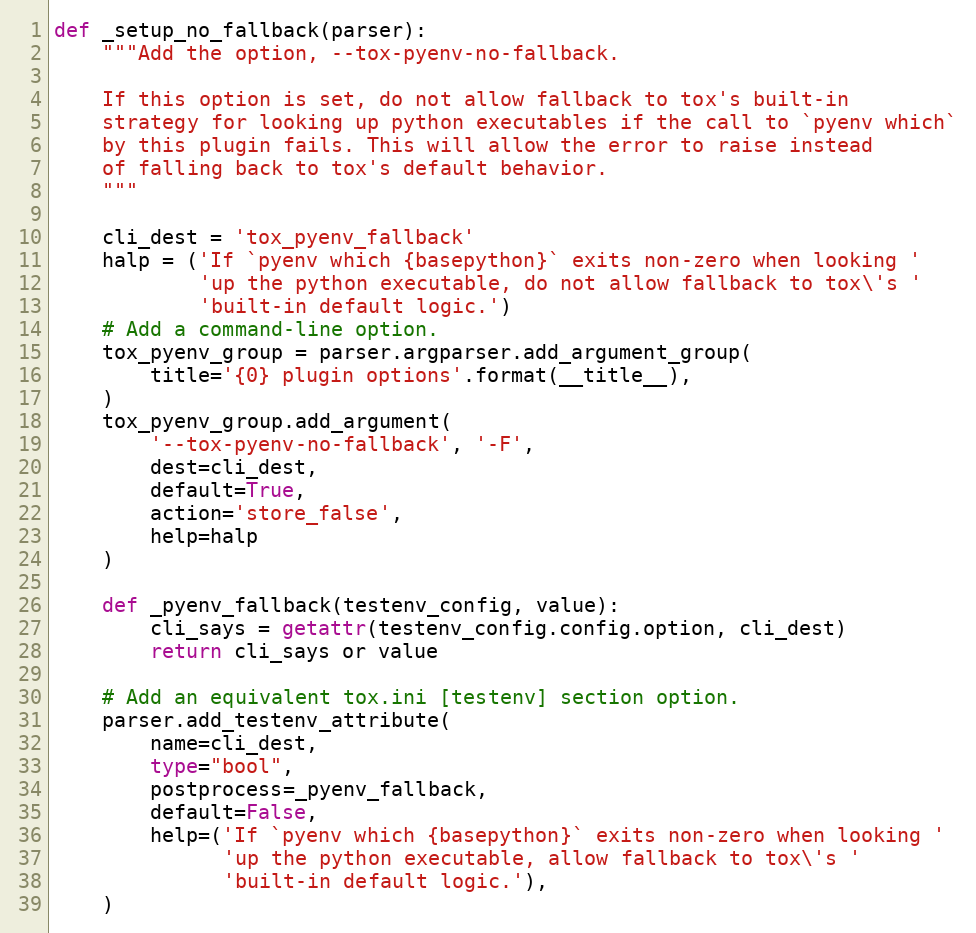
Language: Python
def _setup_no_fallback(parser):
    """Add the option, --tox-pyenv-no-fallback.

    If this option is set, do not allow fallback to tox's built-in
    strategy for looking up python executables if the call to `pyenv which`
    by this plugin fails. This will allow the error to raise instead
    of falling back to tox's default behavior.
    """

    cli_dest = 'tox_pyenv_fallback'
    halp = ('If `pyenv which {basepython}` exits non-zero when looking '
            'up the python executable, do not allow fallback to tox\'s '
            'built-in default logic.')
    # Add a command-line option.
    tox_pyenv_group = parser.argparser.add_argument_group(
        title='{0} plugin options'.format(__title__),
    )
    tox_pyenv_group.add_argument(
        '--tox-pyenv-no-fallback', '-F',
        dest=cli_dest,
        default=True,
        action='store_false',
        help=halp
    )

    def _pyenv_fallback(testenv_config, value):
        cli_says = getattr(testenv_config.config.option, cli_dest)
        return cli_says or value

    # Add an equivalent tox.ini [testenv] section option.
    parser.add_testenv_attribute(
        name=cli_dest,
        type="bool",
        postprocess=_pyenv_fallback,
        default=False,
        help=('If `pyenv which {basepython}` exits non-zero when looking '
              'up the python executable, allow fallback to tox\'s '
              'built-in default logic.'),
    )